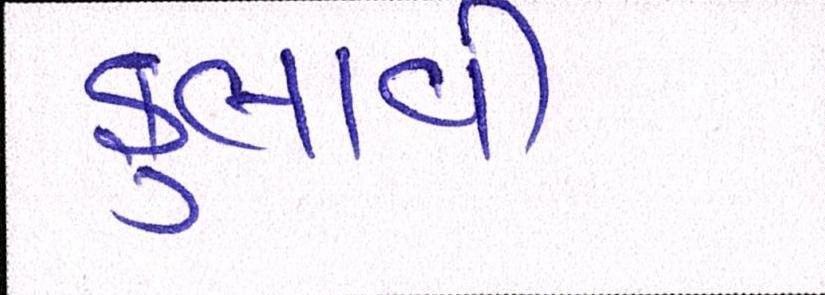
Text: ફુલાવી